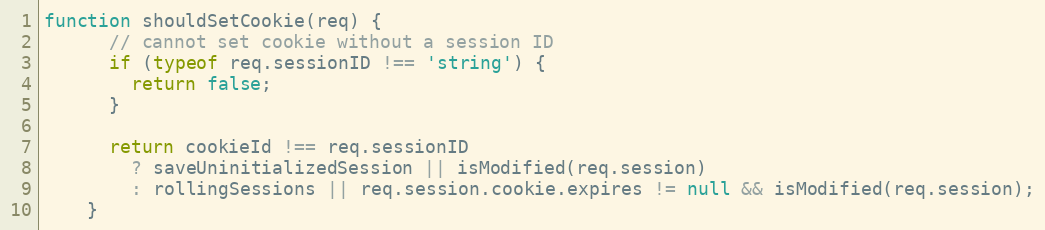
Language: JavaScript
function shouldSetCookie(req) {
      // cannot set cookie without a session ID
      if (typeof req.sessionID !== 'string') {
        return false;
      }

      return cookieId !== req.sessionID
        ? saveUninitializedSession || isModified(req.session)
        : rollingSessions || req.session.cookie.expires != null && isModified(req.session);
    }